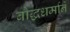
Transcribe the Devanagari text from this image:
बौद्धधर्माने